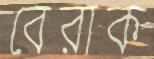
বেরাক